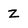
Character: Z